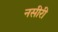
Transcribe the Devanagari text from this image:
नसीरी